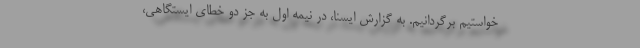
خواستیم برگردانیم. به گزارش ایسنا، در نیمه اول به جز دو خطای ایستگاهی،